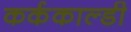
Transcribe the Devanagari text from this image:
कर्ककाल्डी